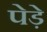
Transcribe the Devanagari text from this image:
पेड़े